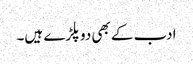
ادب کے بھی دوپلڑے ہیں۔